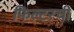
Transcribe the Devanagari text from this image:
फिल्टरची